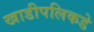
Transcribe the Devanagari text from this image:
खाडीपलिकडे